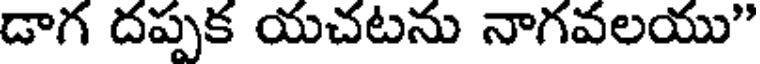
డాగ దప్పక యచటను నాగవలయు"